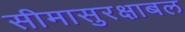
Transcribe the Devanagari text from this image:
सीमासुरक्षाबल